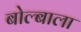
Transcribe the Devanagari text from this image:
बोल्बाला